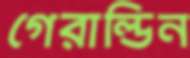
গেরাল্ডিন